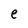
Character: e